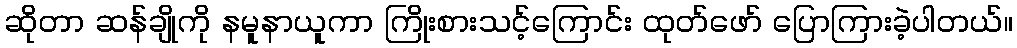
ဆိုတာ ဆန်ချိုကို နမူနာယူကာ ကြိုးစားသင့်ကြောင်း ထုတ်ဖော် ပြောကြားခဲ့ပါတယ်။